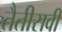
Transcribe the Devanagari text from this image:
तैतीसवीं